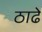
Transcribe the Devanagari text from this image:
ठाढे